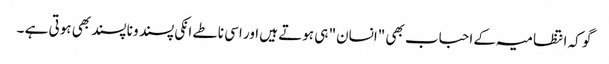
گو کہ انتظامیہ کے احباب بھی "انسان" ہی ہوتے ہیں اور اسی ناطے انکی پسند و ناپسند بھی ہوتی ہے ۔